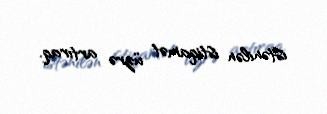
istənilən istiqamət üzrə artıraq.